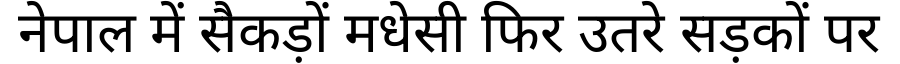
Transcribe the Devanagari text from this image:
नेपाल में सैकड़ों मधेसी फिर उतरे सड़कों पर